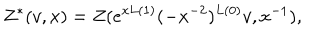
LaTeX: Z ^ { * } ( v , x ) = Z ( e ^ { x L ( 1 ) } ( - x ^ { - 2 } ) ^ { L ( 0 ) } v , x ^ { - 1 } ) ,